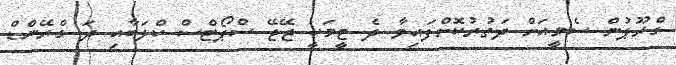
ގްރޫޕުން ސެމީއަށް ދަތުރުކޮށްފައިވާ ދެ ޓީމަކީ ޖޭޖޭ ސްޕޯޓްސް ކްލަބާއި ދަ ގްރޭންޑް